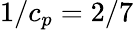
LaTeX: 1/c_{p}=2/7